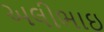
અલીભાઇ